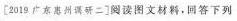
〔2019广东惠州调研二]阅读图文材料，回答下列